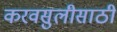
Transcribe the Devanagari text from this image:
करवसुलीसाठी